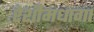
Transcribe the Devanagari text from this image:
रेशीमधागा